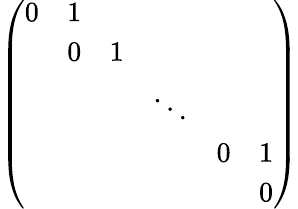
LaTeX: \left(\begin{array}{cccccc}{{0}}&{{1}}&{{}}&{{}}&{{}}&{{}}\\ {{}}&{{0}}&{{1}}&{{}}&{{}}&{{}}\\ {{}}&{{}}&{{}}&{{\ddots}}&{{}}&{{}}\\ {{}}&{{}}&{{}}&{{}}&{{0}}&{{1}}\\ {{}}&{{}}&{{}}&{{}}&{{}}&{{0}}\end{array}\right)